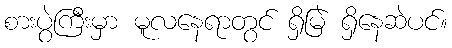
စားပွဲကြီးမှာ မူလနေရာတွင် ရှိမြဲ ရှိနေဆဲပင်။